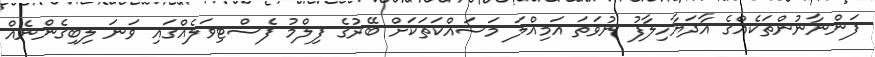
ފަންނާނުންތަކެއްގެ އާދަޔާހިލާފު ނުވަތަ އަމިއްލަ މަސައްކަތަކަށް ބޭރުގެ ފިލްމު ފެސްޓިވަލެއްގައި ވަނަ ލިބިގެންނެއް